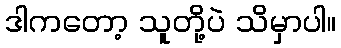
ဒါကတော့ သူတို့ပဲ သိမှာပါ။